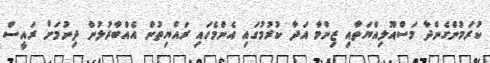
ކުރަމުންގެންދާ މަސްއޫލިއްޔަތާއި ޒިންމާ އަދާ ކުރުމުގައި އެންމެހައި ރައްޔިތުން އެއްބާރުލުން ދިނުމަށް ރައީސް